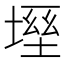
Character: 𡏀